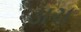
ડાચ